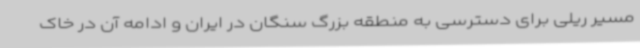
مسیر ریلی برای دسترسی به منطقه بزرگ سنگان در ایران و ادامه آن در خاک